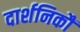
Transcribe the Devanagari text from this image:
दार्शनिकौं